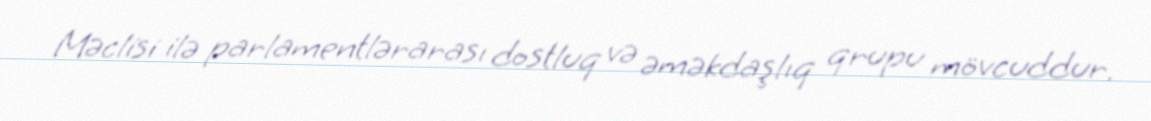
Məclisi ilə parlamentlərarası dostluq və əməkdaşlıq qrupu mövcuddur.